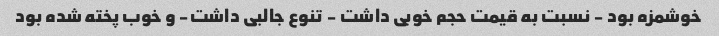
خوشمزه بود - نسبت به قیمت حجم خوبی داشت - تنوع جالبی داشت- و خوب پخته شده بود